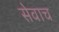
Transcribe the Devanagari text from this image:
सेवाच